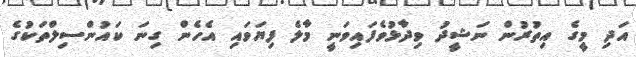
އަދި މީގެ އިތުރުން ނަޝީދު ވިދާޅުވެފައިވަނީ މާލެ ފިޔަވައި އެހެން ގިނަ ކައުންސިލްތަކުގެ